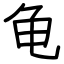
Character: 龟